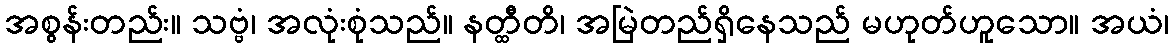
အစွန်းတည်း။ သဗ္ဗံ၊ အလုံးစုံသည်။ နတ္ထီတိ၊ အမြဲတည်ရှိနေသည် မဟုတ်ဟူသော။ အယံ၊